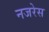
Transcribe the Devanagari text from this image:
नजरेेस